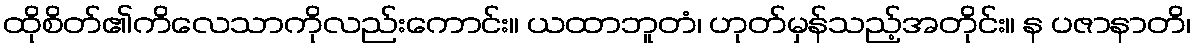
ထိုစိတ်၏ကိလေသာကိုလည်းကောင်း။ ယထာဘူတံ၊ ဟုတ်မှန်သည့်အတိုင်း။ န ပဇာနာတိ၊